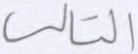
التالي